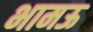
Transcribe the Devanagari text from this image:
भामऊ